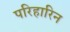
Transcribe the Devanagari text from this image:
परिहारिन